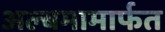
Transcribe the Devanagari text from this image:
अल्बमामार्फत